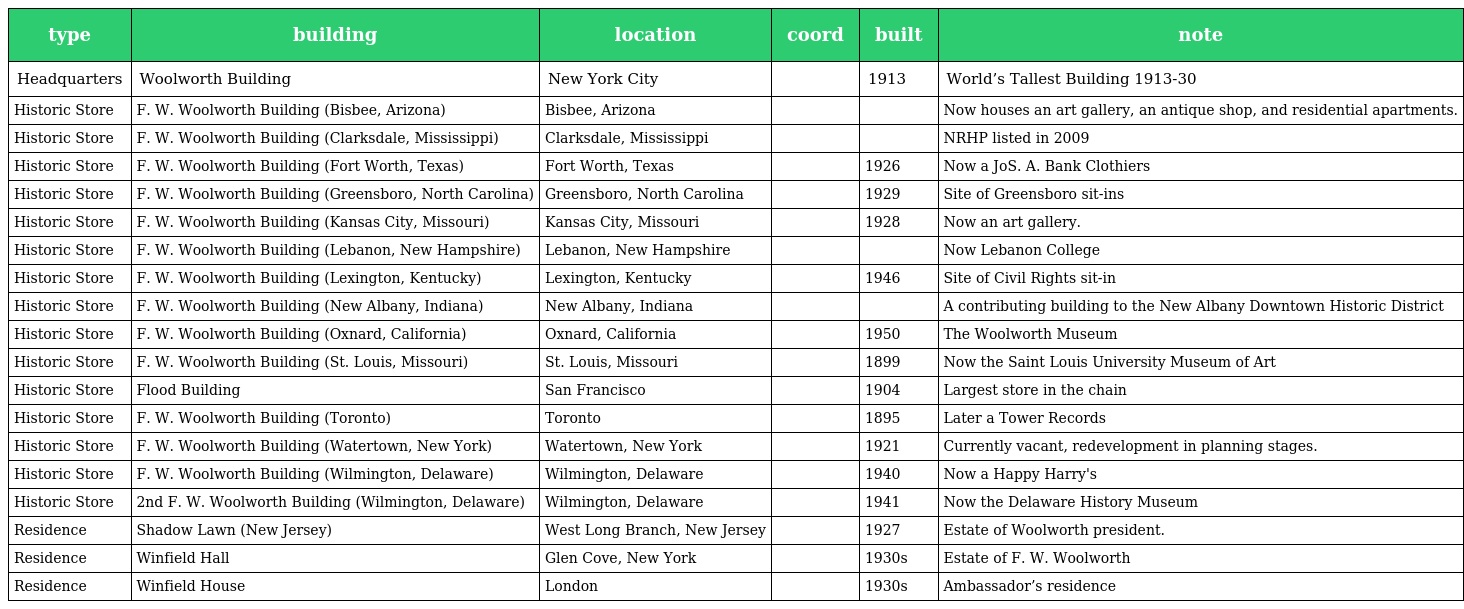
| type | building | location | coord | built | note |
 | --- | --- | --- | --- | --- | --- |
 | Headquarters | Woolworth Building | New York City |  | 1913 | World’s Tallest Building 1913-30 |
 | Historic Store | F. W. Woolworth Building (Bisbee, Arizona) | Bisbee, Arizona |  |  | Now houses an art gallery, an antique shop, and residential apartments. |
 | Historic Store | F. W. Woolworth Building (Clarksdale, Mississippi) | Clarksdale, Mississippi |  |  | NRHP listed in 2009 |
 | Historic Store | F. W. Woolworth Building (Fort Worth, Texas) | Fort Worth, Texas |  | 1926 | Now a JoS. A. Bank Clothiers |
 | Historic Store | F. W. Woolworth Building (Greensboro, North Carolina) | Greensboro, North Carolina |  | 1929 | Site of Greensboro sit-ins |
 | Historic Store | F. W. Woolworth Building (Kansas City, Missouri) | Kansas City, Missouri |  | 1928 | Now an art gallery. |
 | Historic Store | F. W. Woolworth Building (Lebanon, New Hampshire) | Lebanon, New Hampshire |  |  | Now Lebanon College |
 | Historic Store | F. W. Woolworth Building (Lexington, Kentucky) | Lexington, Kentucky |  | 1946 | Site of Civil Rights sit-in |
 | Historic Store | F. W. Woolworth Building (New Albany, Indiana) | New Albany, Indiana |  |  | A contributing building to the New Albany Downtown Historic District |
 | Historic Store | F. W. Woolworth Building (Oxnard, California) | Oxnard, California |  | 1950 | The Woolworth Museum |
 | Historic Store | F. W. Woolworth Building (St. Louis, Missouri) | St. Louis, Missouri |  | 1899 | Now the Saint Louis University Museum of Art |
 | Historic Store | Flood Building | San Francisco |  | 1904 | Largest store in the chain |
 | Historic Store | F. W. Woolworth Building (Toronto) | Toronto |  | 1895 | Later a Tower Records |
 | Historic Store | F. W. Woolworth Building (Watertown, New York) | Watertown, New York |  | 1921 | Currently vacant, redevelopment in planning stages. |
 | Historic Store | F. W. Woolworth Building (Wilmington, Delaware) | Wilmington, Delaware |  | 1940 | Now a Happy Harry's |
 | Historic Store | 2nd F. W. Woolworth Building (Wilmington, Delaware) | Wilmington, Delaware |  | 1941 | Now the Delaware History Museum |
 | Residence | Shadow Lawn (New Jersey) | West Long Branch, New Jersey |  | 1927 | Estate of Woolworth president. |
 | Residence | Winfield Hall | Glen Cove, New York |  | 1930s | Estate of F. W. Woolworth |
 | Residence | Winfield House | London |  | 1930s | Ambassador’s residence |